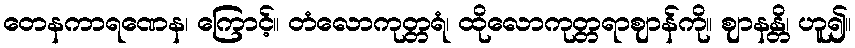
တေနကာရဏေန၊ ကြောင့်။ တံလောကုတ္တရံ၊ ထိုလောကုတ္တရာဈာန်ကို။ ဈာနန္တိ၊ ဟူ၍။